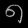
Digit: ၈